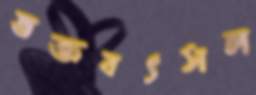
ভক্তবৎসল